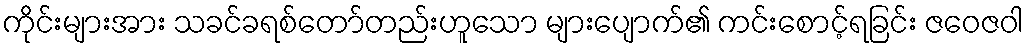
ကိုင်းများအား သခင်ခရစ်တော်တည်းဟူသော များပျောက်၏ ကင်းစောင့်ရခြင်း ဇဝေဇဝါ